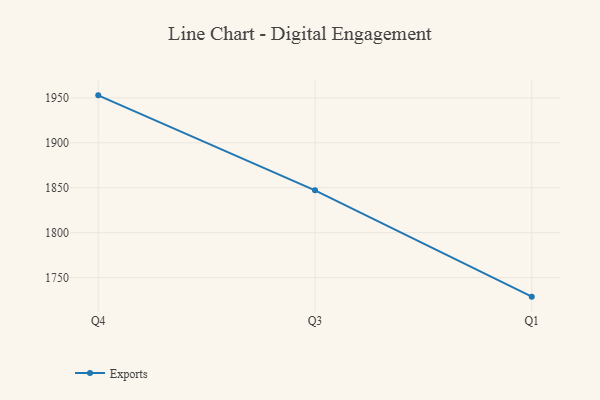
{"axis": {"x": "Quarter", "y": "Page Views"}, "legend": ["Exports"], "data": [{"x": "Q4", "y": 1952.8, "type": "Exports"}, {"x": "Q3", "y": 1847.1, "type": "Exports"}, {"x": "Q1", "y": 1728.8, "type": "Exports"}]}